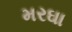
મરઘા